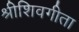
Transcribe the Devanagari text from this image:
श्रीशिवगीता